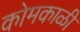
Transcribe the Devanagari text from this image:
कोमकाळी